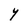
Character: Y